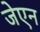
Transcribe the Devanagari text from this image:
जेएन